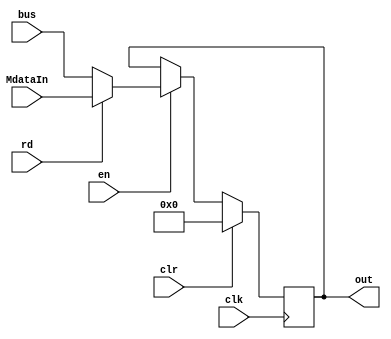
module mdr_reg(out, MdataIn, bus, en, rd, clr, clk);
output reg [31:0] out;
input [31:0] MdataIn, bus;
input en, rd, clr, clk;
wire [31:0] in;
always @(posedge clk)
			if(clr)
				out=0;
			else if(en)
				if(rd)
					out = MdataIn;
			else
					out = bus;
			

endmodule